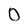
Character: 0